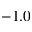
- 1 . 0